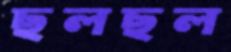
ছলছল